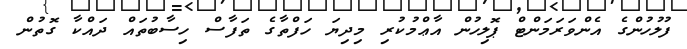
ފުލުހުންގެ އެންވަރަމަންޓް ޕޮލިހުން އާޢްމުކުރި މިދިޔަ ހަފްތާގެ ތަފާސް ހިސާބުތައް ދައްކާ ގޮތުން